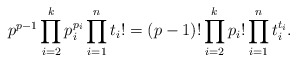
\begin{align*} p^{p-1} \prod_{i = 2}^k p_i^{p_i} \prod_{i = 1}^n t_i! = (p-1)! \prod_{i = 2}^k p_i! \prod_{i = 1}^n t_i^{t_i}. \end{align*}